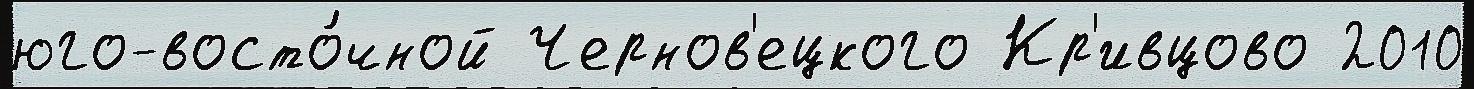
юго-восто́чной Чернов'ецкого Кр'ивцово 2010